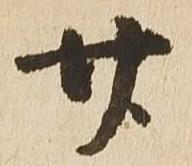
廿